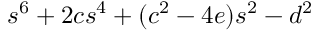
s ^ { 6 } + 2 c s ^ { 4 } + ( c ^ { 2 } - 4 e ) s ^ { 2 } - d ^ { 2 }